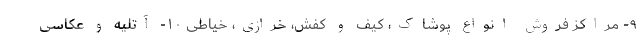
۹- مراکز فروش انواع پوشاک، کیف و کفش، خرازی، خیاطی ۱۰- آتلیه و عکاسی